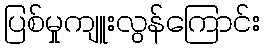
ပြစ်မှုကျူးလွန်ကြောင်း